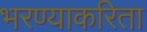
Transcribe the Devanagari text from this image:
भरण्याकरिता